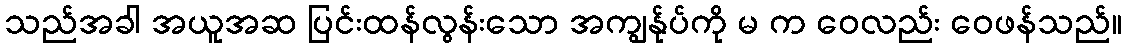
သည်အခါ အယူအဆ ပြင်းထန်လွန်းသော အကျွန်ုပ်ကို မ က ဝေလည်း ဝေဖန်သည်။